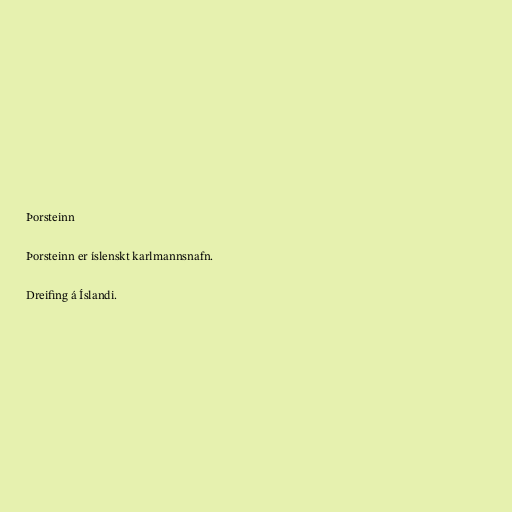
Þorsteinn

Þorsteinn er íslenskt karlmannsnafn.

Dreifing á Íslandi.